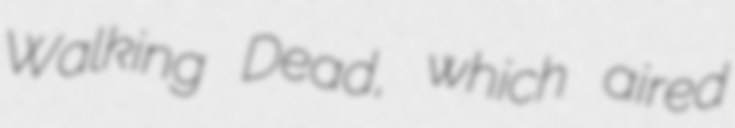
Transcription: Walking Dead, which aired